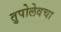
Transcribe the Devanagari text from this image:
तुपोलेवचा